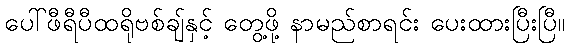
ပေါ်ဖီရီပီထရိုဗစ်ချ်နှင့် တွေ့ဖို့ နာမည်စာရင်း ပေးထားပြီးပြီ။